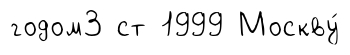
годом3 ст 1999 Москву́